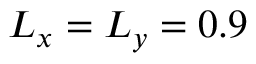
L _ { x } = L _ { y } = 0 . 9